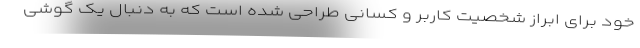
خود برای ابراز شخصیت کاربر و کسانی طراحی شده است که به دنبال یک گوشی